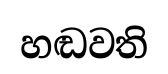
හඬවති